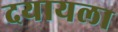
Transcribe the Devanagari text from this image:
दयायला